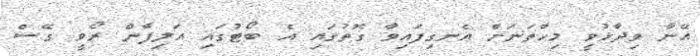
އޭނާ ވިދާޅުވީ މިހާތަނަށް އެނގިފައިވާ ގޮތުގައި އެ ބޯޓުގައި އަލިފާން ރޯވީ ގޭސް